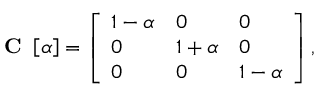
\textbf { C } \left[ \alpha \right] = \left[ \begin{array} { l l l } { 1 - \alpha } & { 0 } & { 0 } \\ { 0 } & { 1 + \alpha } & { 0 } \\ { 0 } & { 0 } & { 1 - \alpha } \end{array} \right] ,